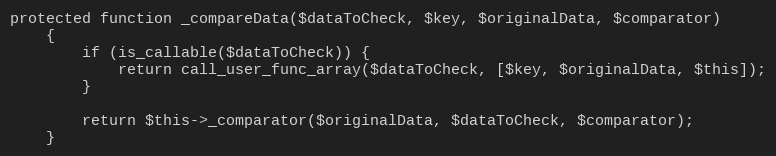
Language: PHP
protected function _compareData($dataToCheck, $key, $originalData, $comparator)
    {
        if (is_callable($dataToCheck)) {
            return call_user_func_array($dataToCheck, [$key, $originalData, $this]);
        }

        return $this->_comparator($originalData, $dataToCheck, $comparator);
    }